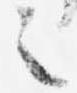
之